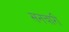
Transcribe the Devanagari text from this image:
सनचारी